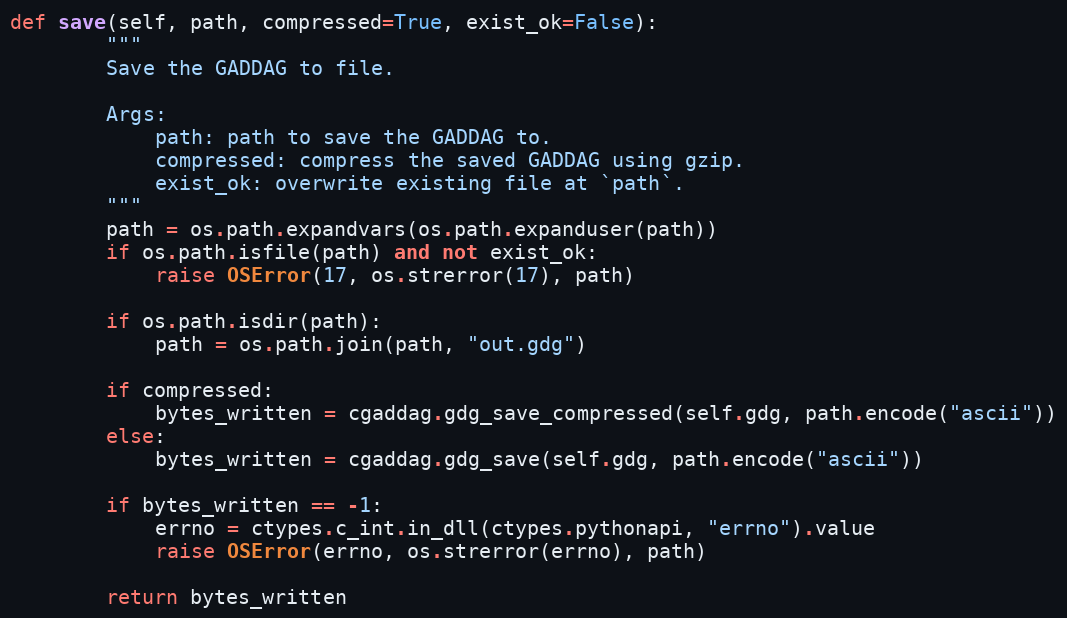
Language: Python
def save(self, path, compressed=True, exist_ok=False):
        """
        Save the GADDAG to file.

        Args:
            path: path to save the GADDAG to.
            compressed: compress the saved GADDAG using gzip.
            exist_ok: overwrite existing file at `path`.
        """
        path = os.path.expandvars(os.path.expanduser(path))
        if os.path.isfile(path) and not exist_ok:
            raise OSError(17, os.strerror(17), path)

        if os.path.isdir(path):
            path = os.path.join(path, "out.gdg")

        if compressed:
            bytes_written = cgaddag.gdg_save_compressed(self.gdg, path.encode("ascii"))
        else:
            bytes_written = cgaddag.gdg_save(self.gdg, path.encode("ascii"))

        if bytes_written == -1:
            errno = ctypes.c_int.in_dll(ctypes.pythonapi, "errno").value
            raise OSError(errno, os.strerror(errno), path)

        return bytes_written